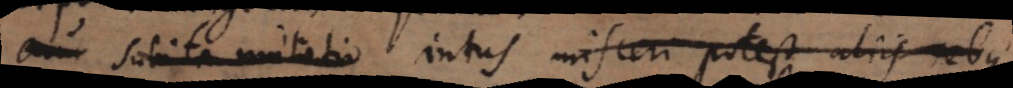
bita mutatio intus misceri potest aliis rebus